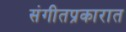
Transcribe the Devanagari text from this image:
संगीतप्रकारात